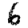
Digit: 6